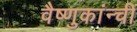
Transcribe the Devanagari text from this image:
वैष्णुकांन्ची